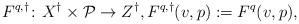
LaTeX: \begin{align*}F^{q,\dagger}\colon X^\dagger\times \mathcal P\to Z^\dagger, F^{q,\dagger}(v,p) := F^q(v,p),\end{align*}